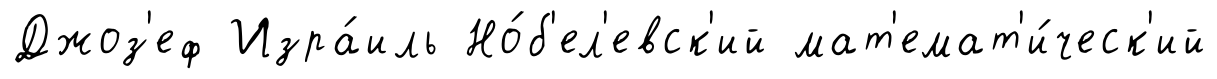
Джоз'еф Изра́иль Но́б'ел'евск'ий мат'емат'и́ческ'ий